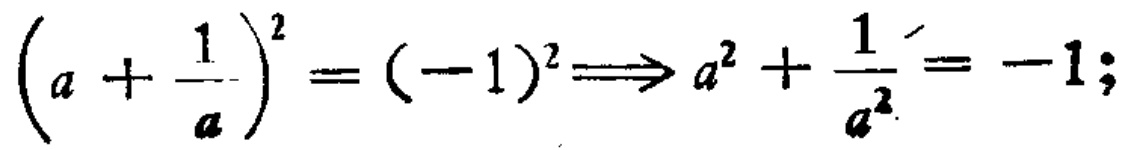
\((a + \frac{1}{a})^2 = (-1)^2\Longrightarrow a^2 + \frac{1}{a^2} = -1;\)